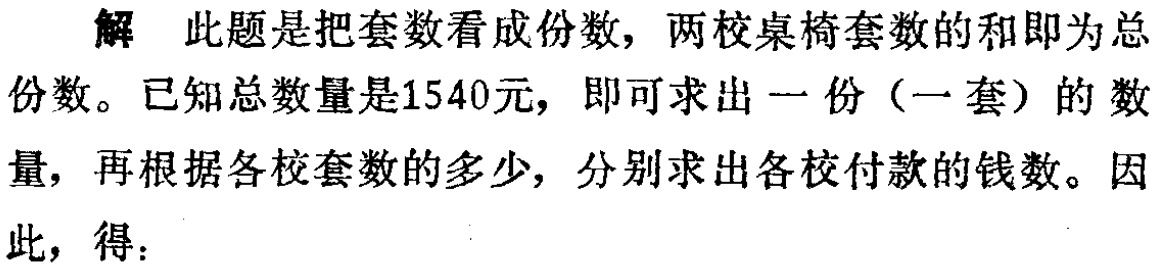
解 此题是把套数看成份数，两校桌椅套数的和即为总份数。已知总数量是1540元，即可求出一份（一套）的数量，再根据各校套数的多少，分别求出各校付款的钱数。因此，得：